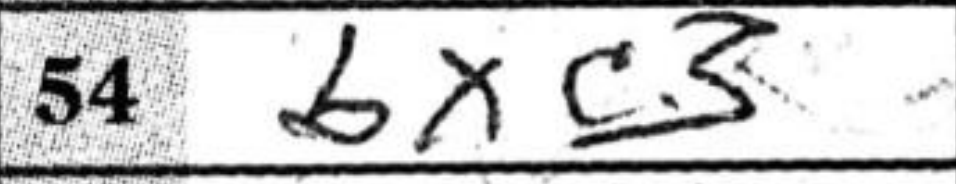
Transcription: bxc3